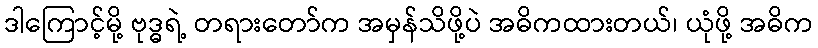
ဒါကြောင့်မို့ ဗုဒ္ဓရဲ့ တရားတော်က အမှန်သိဖို့ပဲ အဓိကထားတယ်၊ ယုံဖို့ အဓိက